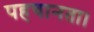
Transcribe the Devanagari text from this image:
पहचानता।